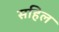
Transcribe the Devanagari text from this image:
सहिल